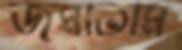
জমাতাম